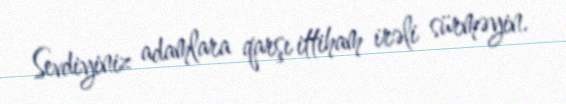
Sevdiyiniz adamlara qarşı ittiham irəli sürməyin.